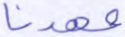
عهدنا